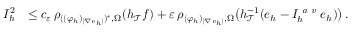
\begin{array} { r } { \begin{array} { r l } { I _ { h } ^ { 2 } } & { \leq c _ { \varepsilon } \, \rho _ { ( ( \varphi _ { h } ) _ { \vert \nabla v _ { h } \vert } ) ^ { * } , \Omega } ( h _ { \mathcal { T } } f ) + \varepsilon \, \rho _ { ( \varphi _ { h } ) _ { \vert \nabla v _ { h } \vert } , \Omega } \big ( h _ { \mathcal { T } } ^ { - 1 } ( e _ { h } - I _ { h } ^ { \textit { a v } } e _ { h } ) \big ) \, . } \end{array} } \end{array}